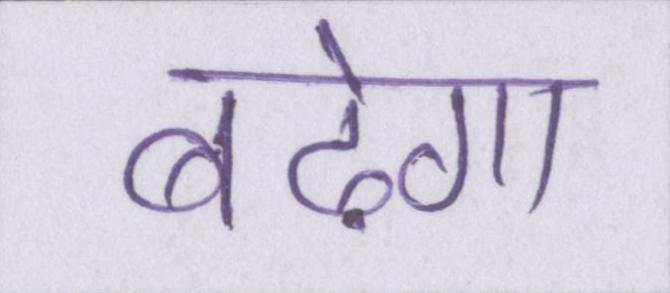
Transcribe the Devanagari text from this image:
बढ़ेगा